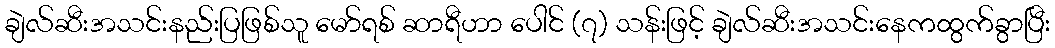
ချဲလ်ဆီးအသင်းနည်းပြဖြစ်သူ မော်ရစ် ဆာရီဟာ ပေါင် (၇) သန်းဖြင့် ချဲလ်ဆီးအသင်းနေကထွက်ခွာပြီး